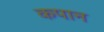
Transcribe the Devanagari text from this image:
कपान